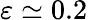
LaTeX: \varepsilon\simeq 0.2